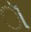
ૉ